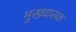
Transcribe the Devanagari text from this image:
मुखवासक